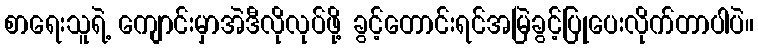
စာရေးသူရဲ့ ကျောင်းမှာအဲဒီလိုလုပ်ဖို့ ခွင့်တောင်းရင်အမြဲခွင့်ပြုပေးလိုက်တာပါပဲ။